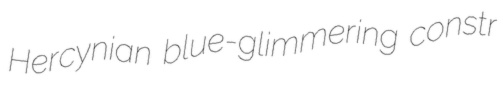
Hercynian blue-glimmering constr